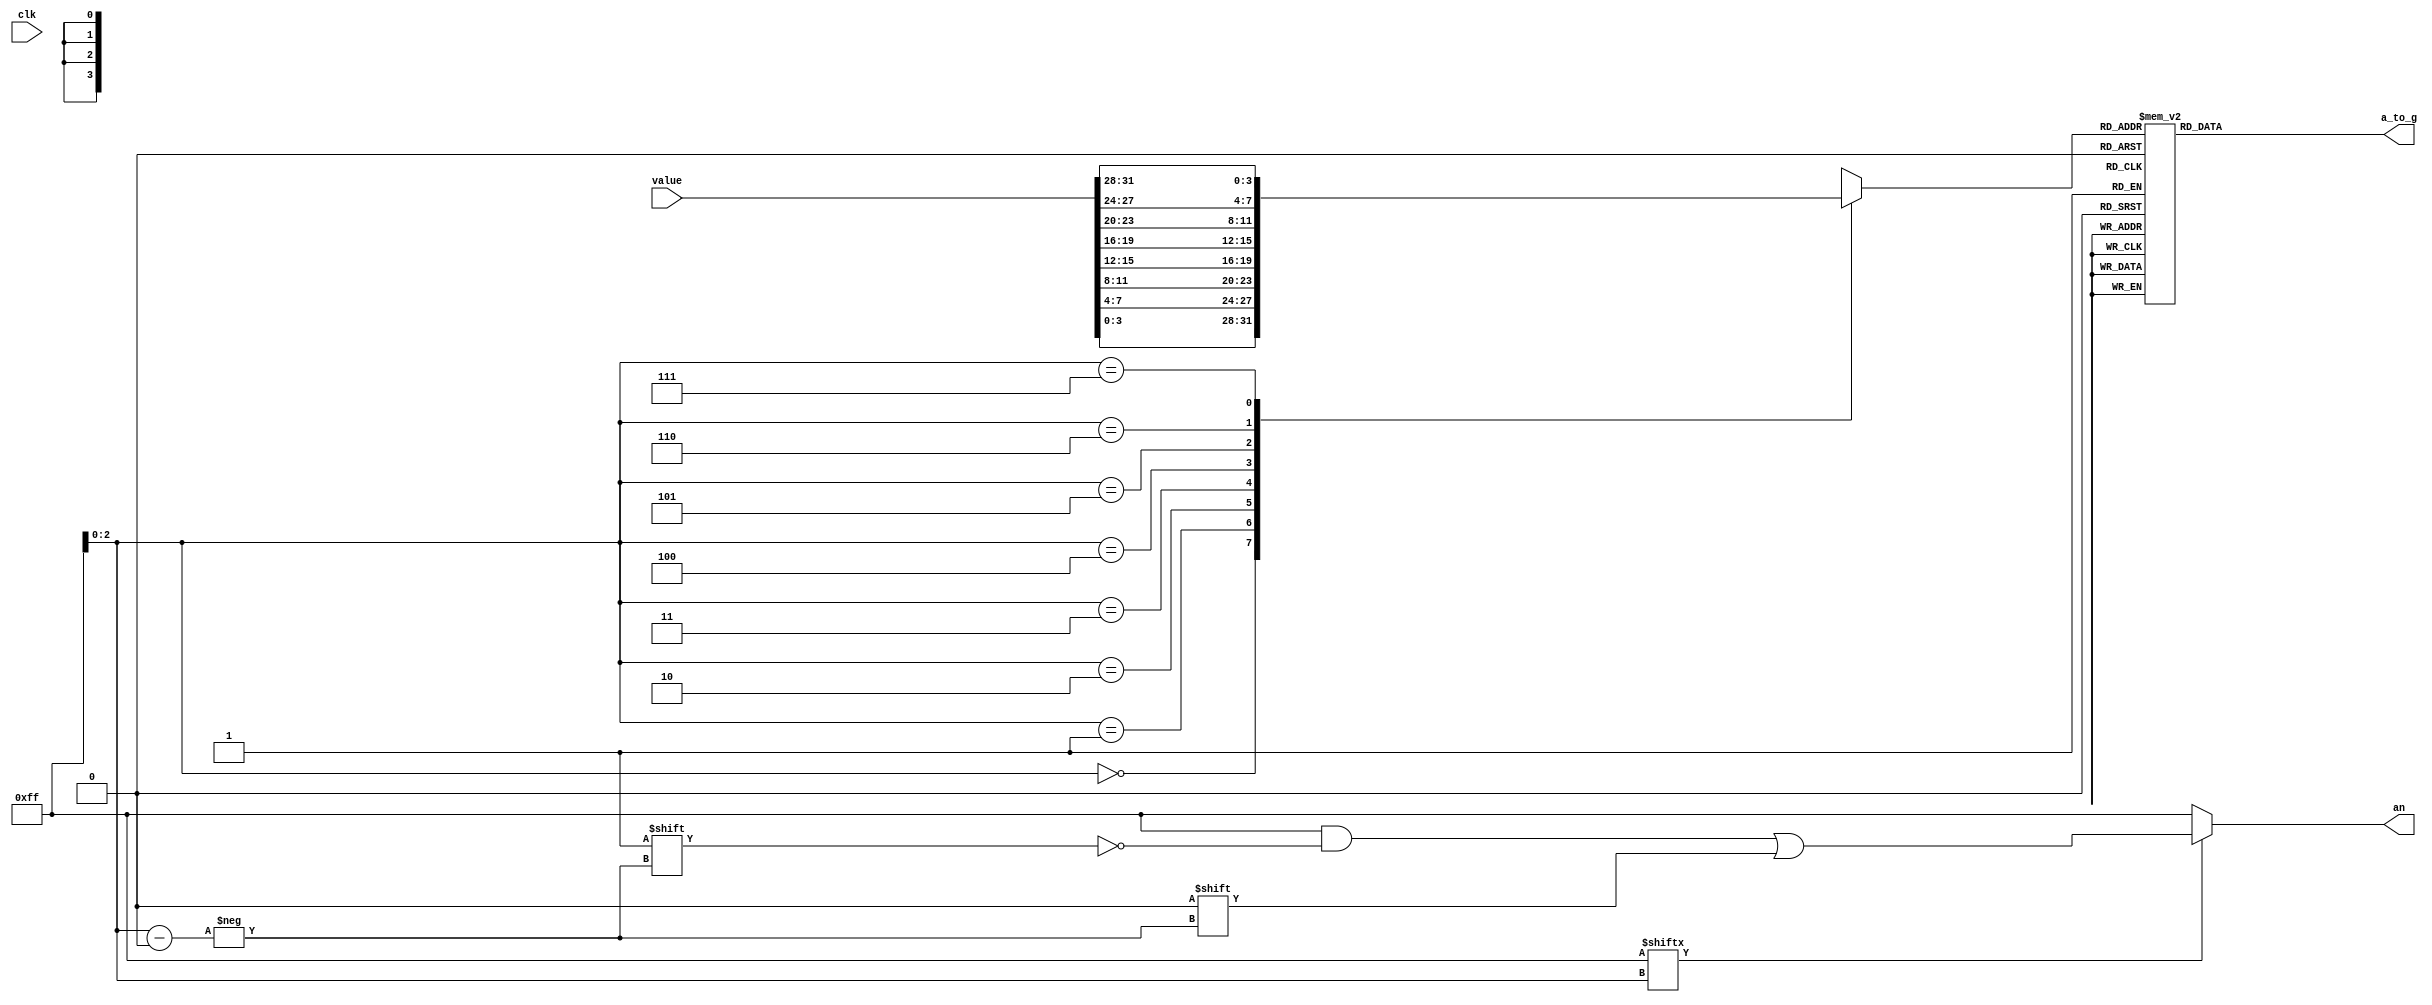
`timescale 1ns / 1ps

module sevenSeg(
    input [31:0] value,
    input clk,
    output reg [6:0] a_to_g,
    output reg [7:0] an //side of display used
);

//assign an1 = 8'b11111111; // used to disable the MSB four digit on the board 
// if you like to see a glitch on the design, try to remove the an1 and keep it floating, the glitch will help on the MSB digit :) 

// internal wires and register for connections 
wire [2:0] s;
reg  [3:0] digit;
wire [7:0] aen;
reg  [19:0] clkdiv;

assign s = clkdiv[19:17]; 
assign aen = 8'b11111111;  // enable all digits

//Quad 4-to-1 xx                                                                                                                                                                                                                                                                                                                                                                                                                                                                                                                                                                                                                                                                                                                                                                                                                                                                                                                                                                                                                                                                                                                                                                                                                                                                                                                                                                                                                                                                                                Mux: mux44
always @(s, value)
begin
    case (s)
        0: digit = value[3:0];
        1: digit = value[7:4];
        2: digit = value[11:8];
        3: digit = value[15:12];
        4: digit = value[19:16];
        5: digit = value[23:20];
        6: digit = value[27:24];
        7: digit = value[31:28];
        default: digit = value[3:0];
    endcase
end

// 7-segment decoder : hex7seg
always @ (digit)
    begin 
        case(digit)
              0: a_to_g = 7'b0000001;
              1: a_to_g = 7'b1001111;
              2: a_to_g = 7'b0010010;
              3: a_to_g = 7'b0000110;
              4: a_to_g = 7'b1001100;
              5: a_to_g = 7'b0100100;
              6: a_to_g = 7'b0100000;
              7: a_to_g = 7'b0001111;
              8: a_to_g = 7'b0000000;
              9: a_to_g = 7'b0000100;
             'hA: a_to_g = 7'b0001000;
             'hB: a_to_g = 7'b1100000;
             'hC: a_to_g = 7'b0110001;
             'hD: a_to_g = 7'b1000010;
             'hE: a_to_g = 7'b0110000;
             'hF: a_to_g = 7'b0111000;
            default: a_to_g = 7'b0000001; //0 
        endcase 
    end
    
 // digit select: anode 
 always@(s, aen)
    begin 
        an = 8'b11111111;
        if(aen[s] == 1)
            an[s] = 0;
    end         
    
 
    
 endmodule